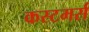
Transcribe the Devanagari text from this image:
कस्टमर्स